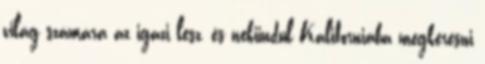
világ számára az igazi lesz, és nekiindul Kaliforniába megkeresni